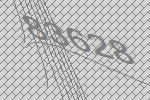
83628